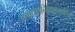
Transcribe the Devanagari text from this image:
शमदमनियममहित